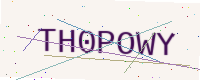
Text: TH0POWY